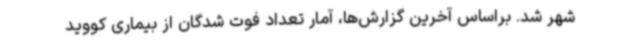
شهر شد. براساس آخرین گزارش‌ها، آمار تعداد فوت شدگان از بیماری کووید